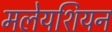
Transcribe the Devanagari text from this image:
मलेयशियन